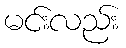
မင်းလည်း